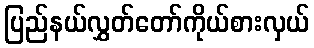
ပြည်နယ်လွှတ်တော်ကိုယ်စားလှယ်